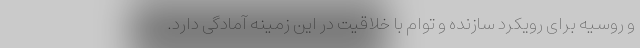
و روسیه برای رویکرد سازنده و توام با خلاقیت در این زمینه آمادگی دارد.